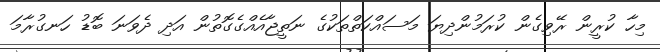
މިހާ ކުރީން ރޭވިގެން ކުރަމުންދިޔަ މަސައްކަތްތަކުގެ ނަތީޖާއެއްގެގޮތުން އަދި ދެވަނަ ބޮޑު ހަނގުރާމަ